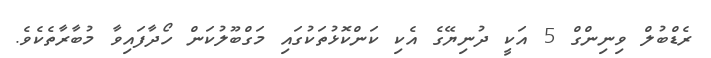
ރެޑްބުލް ވިނިންގް 5 އަކީ ދުނިޔޭގެ އެކި ކަންކޮޅުތަކުގައި މަގްބޫލުކަން ހޯދާފައިވާ މުބާރާތެކެވެ.